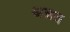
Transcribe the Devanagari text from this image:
अन्नत